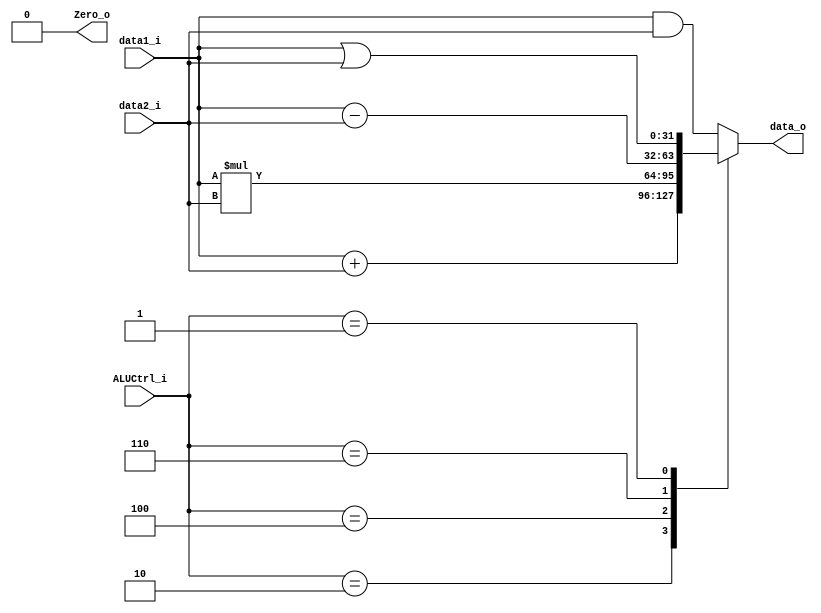
module ALU(
    data1_i    ,
    data2_i    ,
    ALUCtrl_i  ,
    data_o     ,
    Zero_o     
);

input [31:0] data1_i;
input [31:0] data2_i;
input [2:0] ALUCtrl_i;
output reg [31:0] data_o;
output reg Zero_o;

always @(data1_i or data2_i or ALUCtrl_i) begin
	case (ALUCtrl_i)
		3'b010: data_o <= data1_i + data2_i;//add
		3'b100: data_o <= data1_i * data2_i;//mul
		3'b110: data_o <= data1_i - data2_i;//sub
		3'b000: data_o <= data1_i & data2_i;//and
		3'b001: data_o <= data1_i | data2_i;//or
		default: data_o <= data1_i & data2_i;
	endcase
	Zero_o = 1'b0;
end
endmodule